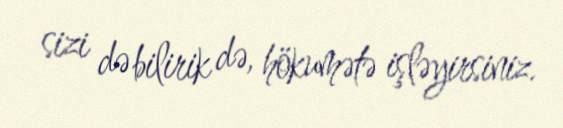
sizi də bilirik də, hökumətə işləyirsiniz.